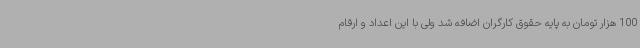
100 هزار تومان به پایه حقوق کارگران اضافه شد ولی با این اعداد و ارقام